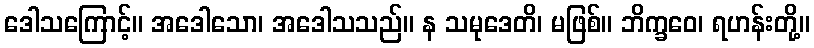
ဒေါသကြောင့်။ အဒေါသော၊ အဒေါသသည်။ န သမုဒေတိ၊ မဖြစ်။ ဘိက္ခဝေ၊ ရဟန်းတို့။